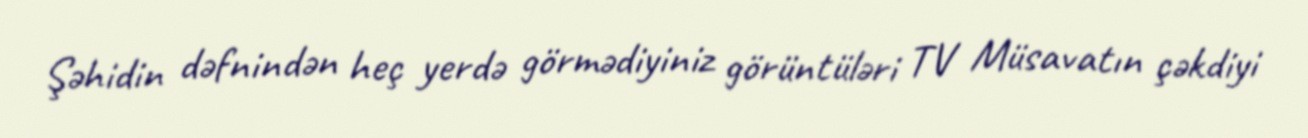
Şəhidin dəfnindən heç yerdə görmədiyiniz görüntüləri TV Müsavatın çəkdiyi